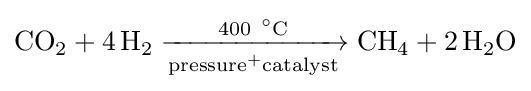
{\mathrm {CO} {\vphantom {A}}_{\smash[{t}]{2}}{}+{}4\,\mathrm {H} {\vphantom {A}}_{\smash[{t}]{2}}{}\mathrel {\xrightarrow[{\mathrm {pressure} {\vphantom {A}}^{+}\mathrm {catalyst} }]{400\ {\vphantom {A}}^{\circ }\mathrm {C} }} {}\mathrm {CH} {\vphantom {A}}_{\smash[{t}]{4}}{}+{}2\,\mathrm {H} {\vphantom {A}}_{\smash[{t}]{2}}\mathrm {O} }